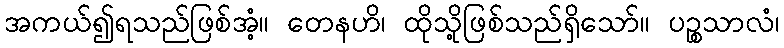
အကယ်၍ရသည်ဖြစ်အံ့။ တေနဟိ၊ ထိုသို့ဖြစ်သည်ရှိသော်။ ပဉ္စသာလံ၊